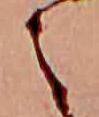
之